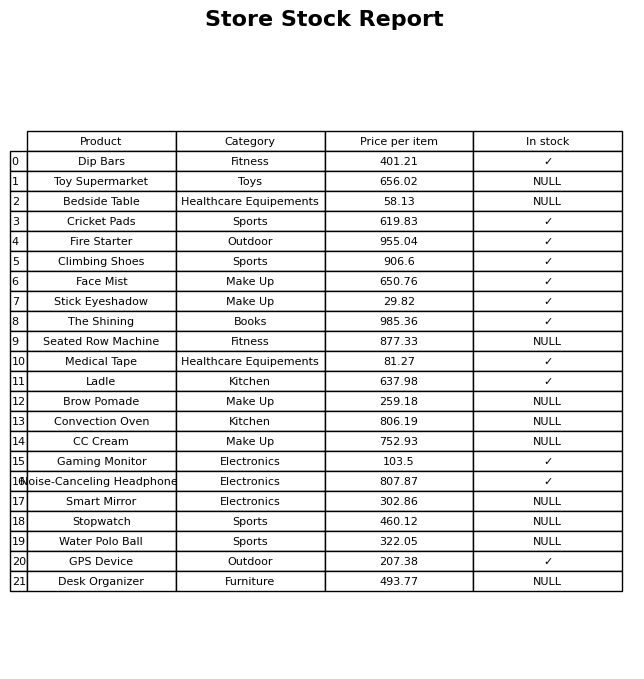
question: What is the price of the Cricket Pads?
answer: The price of Cricket Pads is 619.83.